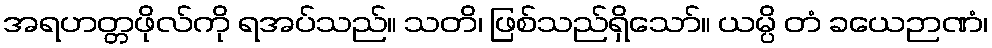
အရဟတ္တဖိုလ်ကို ရအပ်သည်။ သတိ၊ ဖြစ်သည်ရှိသော်။ ယမ္ပိ တံ ခယေဉာဏံ၊